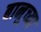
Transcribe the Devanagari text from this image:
बानूच्या